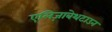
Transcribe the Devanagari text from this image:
एलिज़ाबेथटाउन